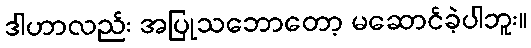
ဒါဟာလည်း အပြုသဘောတော့ မဆောင်ခဲ့ပါဘူး။